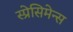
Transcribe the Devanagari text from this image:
स्प्रेसिमेन्स